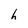
Character: h